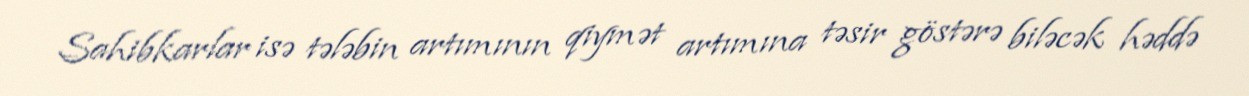
Sahibkarlar isə tələbin artımının qiymət artımına təsir göstərə biləcək həddə